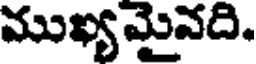
ముఖ్యమైవది.